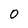
Character: 0